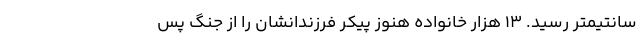
سانتیمتر رسید. 13 هزار خانواده هنوز پیکر فرزندانشان را از جنگ پس